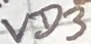
Text: VD3